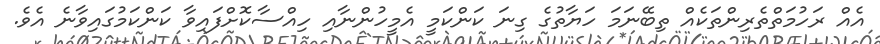
އެއް ރަހުމަތްތެރިންތަކެއް ތިބޭނަމަ ހަޔާތުގެ ގިނަ ކަންކަމީ އެމީހުންނާއި ހިއްސާކޮށްފައިވާ ކަންކަމުގައިވާނެ އެވެ.